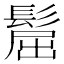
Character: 𩭪